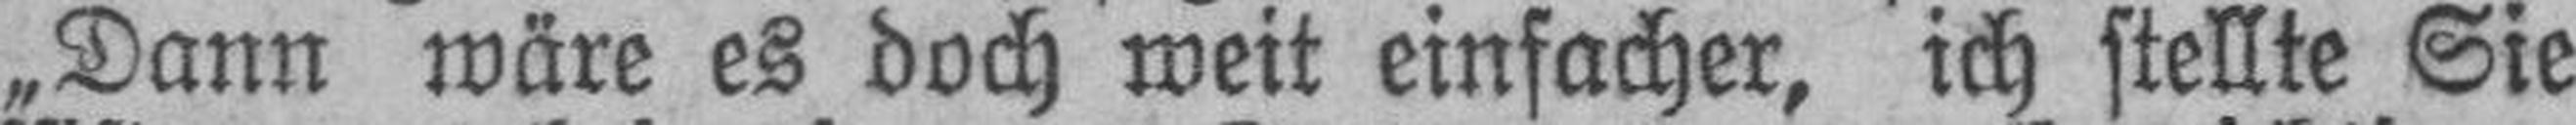
„Dann wäre es doch weit einfacher, ich stellte Sie